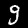
Digit: 9